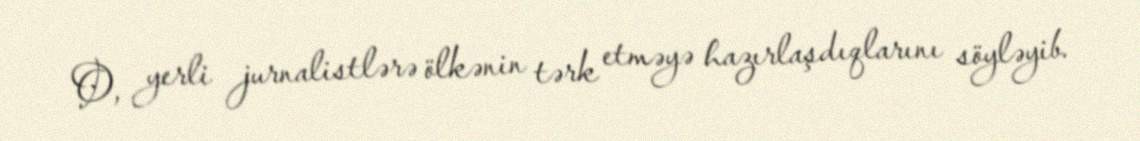
O, yerli jurnalistlərə ölkənin tərk etməyə hazırlaşdıqlarını söyləyib.